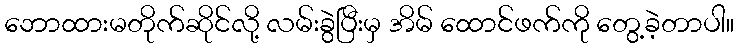
ဘောထားမတိုက်ဆိုင်လို့ လမ်းခွဲပြီးမှ အိမ် ထောင်ဖက်ကို တွေ့ခဲ့တာပါ။